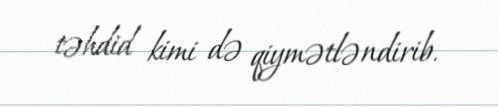
təhdid kimi də qiymətləndirib.